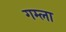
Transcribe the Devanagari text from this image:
गम्ला